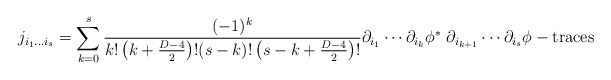
\begin{align*}j_{i_1\ldots i_s}=\sum\limits_{k=0}^s{(-1)^k\over k!\left(k+{D-4\over 2}\right)! (s-k)!\left(s-k+{D-4\over 2}\right)!}\partial_{i_1}\cdots\partial_{i_k}\phi^*\;\partial_{i_{k+1}}\cdots\partial_{i_s}\phi-\mbox{traces}\end{align*}